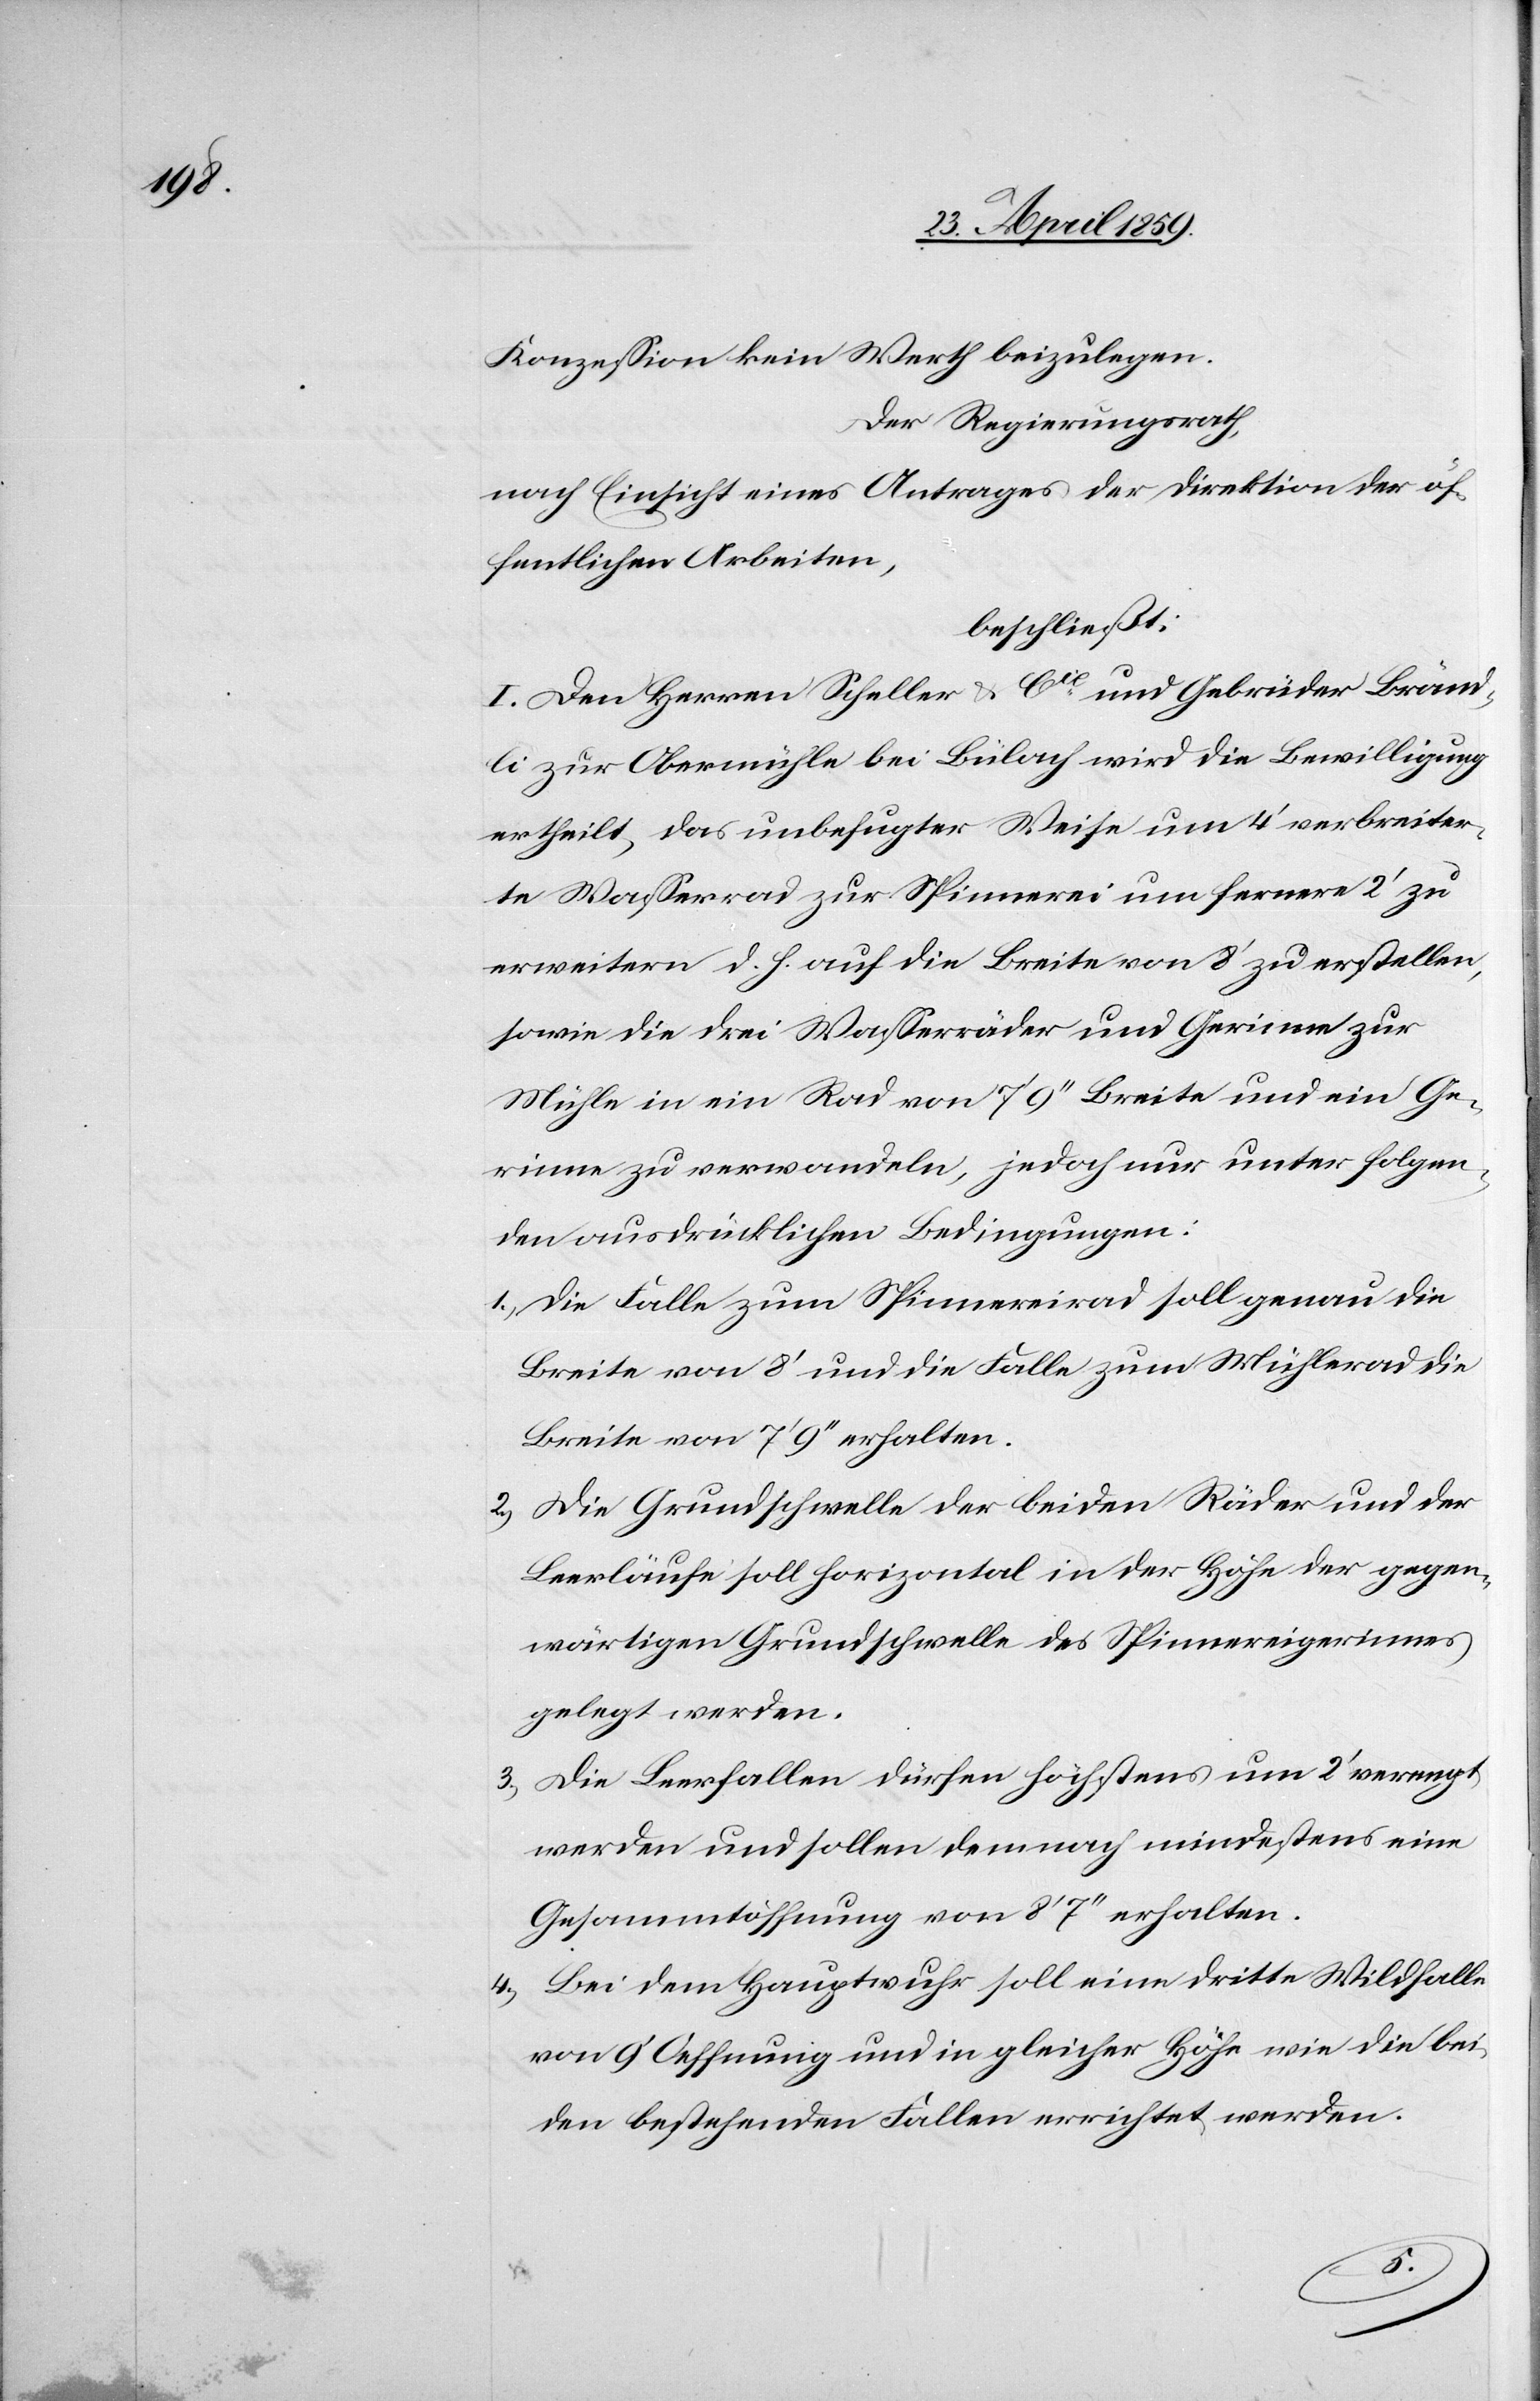
Konzeßion kein Werth beizulegen.
Der Regierungsrath,
nach Einsicht eines Antrages der Direktion der öf¬
fentlichen Arbeiten,
beschließt:
I. Den Herren Scheller & Cie und Gebrüder Bränd¬
li zur Obermühle bei Bülach wird die Bewilligung
ertheilt, das unbefugter Weise um 4‘ verbreiter¬
te Waßerrad zur Spinnerei um fernere 2‘ zu
erweitern d. h. auf die Breite von 8‘ zu erstellen,
sowie die drei Waßerräder und Gerinne zur
Mühle in ein Rad von 7‘ 9‘‘ Breite und ein Ge¬
rinne zu verwandeln, jedoch nur unter folgen¬
den ausdrücklichen Bedingungen:
1) Die Falle zum Spinnereirad soll genau die
Breite von 8‘ und die Falle zum Mühlerad die
Breite von 7‘ 9‘‘ erhalten.
2) Die Grundschwelle der beiden Räder und der
Leerläufe soll horizontal in der Höhe der gegen¬
wärtigen Grundschwelle des Spinnereigerinnes
gelegt werden.
3) Die Leerfallen dürfen höchstens um 2‘ verengt
werden und sollen demnach mindestens eine
Gesammtöffnung von 8‘ 7‘‘ erhalten.
Bei dem Hauptwuhr soll eine dritte Wildfalle
von 9‘ Oeffnung und in gleicher Höhe wie die bei¬
den bestehenden Fallen errichtet werden.